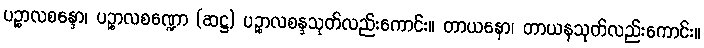
ပဉ္စာလစန္ဒော၊ ပဉ္စာလစဏ္ဍော (ဆဋ္ဌ) ပဉ္စာလစန္ဒသုတ်လည်းကောင်း။ တာယနော၊ တာယနသုတ်လည်းကောင်း။